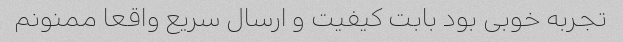
تجربه خوبی بود بابت کیفیت و ارسال سریع واقعا ممنونم